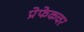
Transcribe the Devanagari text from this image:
प्रेफेकचर